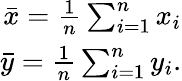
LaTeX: \begin{array}{r}{\bar{x}=\frac{1}{n}\sum_{i=1}^{n}x_{i}}\\ {\bar{y}=\frac{1}{n}\sum_{i=1}^{n}y_{i}.}\end{array}